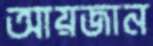
আয়জান